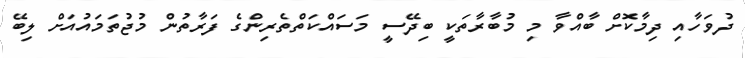
ދުވަހާއި ދިމާކޮށް ބާއްވާ މި މުބާރާތަކީ ބިދޭސީ މަސައްކަތްތެރިންގެ ފަރާތުން މުޖުތަމައުއަށް ލިބޭ